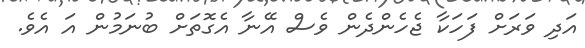
އަދި ވަރަށް ފަހަކާ ޖެހެންދެން ވެސް އޭނާ އެގޮތަށް ބުނަމުން އަަ އެވެ.